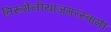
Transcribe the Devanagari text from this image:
तिरूमेनीयाजगरस्वामी